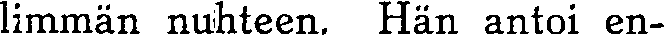
limmän nuhteen. Hän antoi en-